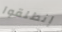
إنطلقوا